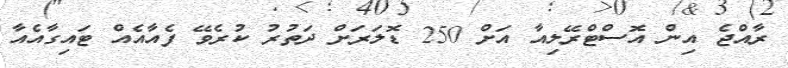
ރާއްޖެ އިން އޮސްޓްރޭލިއާ އަށް 250 ޑޮލަރަށް ދަތުރު ކުރެވޭ ފެއާއެއް ޓައިގާއެއާ